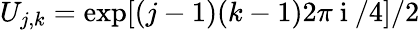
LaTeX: U_{j,k}=\exp[(j-1)(k-1)2\pi\mathrm{~i~}/4]/2